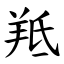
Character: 羝